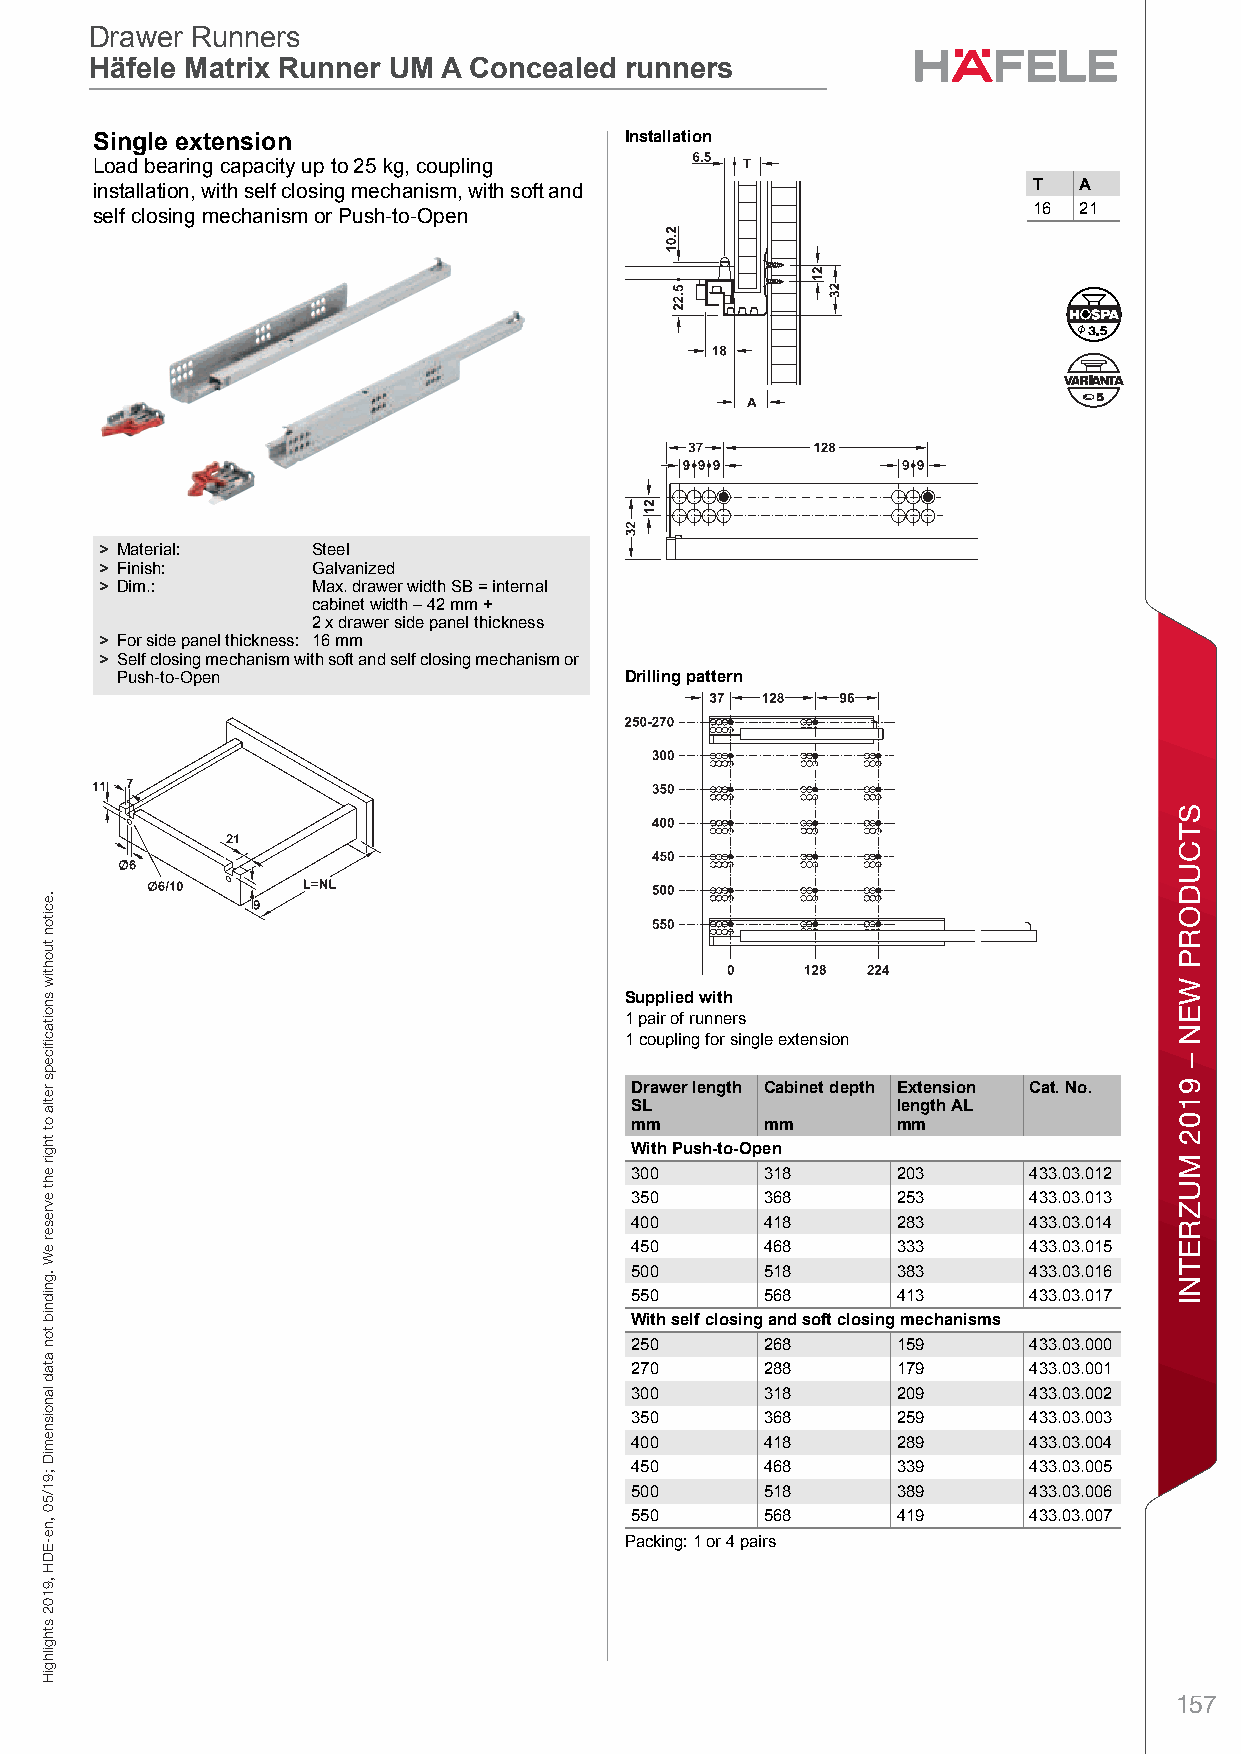
ff19_int_en_08_127.fm Page 127 Thursday, May 2, 2019 10:13 AM
 Drawer Runners
 Drawer Runners
 Häfele Matrix Runner UM A Concealed runners
 Häfele Matrix Runner UM A Concealed runners
 CSoncealeid RnunnersDgrawer RlunneersHäfe le Meatrix Ruxnner UtM A eConceanled runnsers – /i Plaonning annd Const ructionDimensional data not binding. We reserve the right to alter specifications without notice. Installation
 Load bearing capacity up to 25 kg, coupling
 installation, with self closing mechanism, with soft and      T  A
 16 21
 self closing mechanism or Push-to-Open
 > Material:   Steel
 > Finish:     Galvanized
 > Dim.:       Max. drawer width SB = internal
 cabinet width – 42 mm +
 2 x drawer side panel thickness
 > For side panel thickness: 16 mm
 > Self closing mechanism with soft and self closing mechanism or
 Push-to-Open                     Drilling pattern
 Supplied with
 8
 1 pair of runners
 1 coupling for single extension
 Drawer length Cabinet depth Extension Cat. No.
 SL               length AL
 mm       mm      mm
 With Push-to-Open
 300      318     203      433.03.012
 350      368     253      433.03.013
 400      418     283      433.03.014
 450      468     333      433.03.015
 500      518     383      433.03.016
 550      568     413      433.03.017
 With self closing and soft closing mechanisms
 250      268     159      433.03.000
 270      288     179      433.03.001
 300      318     209      433.03.002
 350      368     259      433.03.003
 400      418     289      433.03.004
 450      468     339      433.03.005
 500      518     389      433.03.006
 550      568     419      433.03.007
 Packing: 1 or 4 pairs
 157
 .eciton
 tuohtiw
 snoitacfiiceps
 retla
 ot
 thgir
 eht
 evreser
 eW
 .gnidnib
 ton
 atad
 lanoisnemiD
 ;91/50
 ,ne-EDH
 ,9102
 sthgilhgiH
 srennuR
 delaecnoC STCUDORP
 WEN
 –
 9102
 MUZRETNI